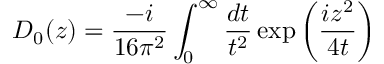
D _ { 0 } ( z ) = \frac { - i } { 1 6 \pi ^ { 2 } } \int _ { 0 } ^ { \infty } \frac { d t } { t ^ { 2 } } \exp \left( \frac { i z ^ { 2 } } { 4 t } \right)